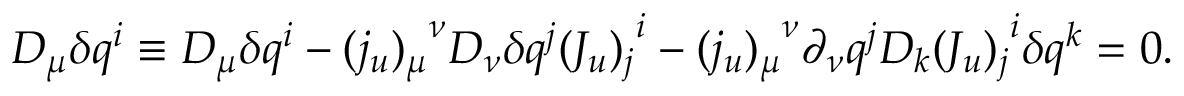
D _ { \mu } \delta q ^ { i } \equiv { \cal D } _ { \mu } \delta q ^ { i } - { ( j _ { u } ) _ { \mu } } ^ { \nu } { \cal D } _ { \nu } \delta q ^ { j } { ( J _ { u } ) _ { j } } ^ { i } - { ( j _ { u } ) _ { \mu } } ^ { \nu } \partial _ { \nu } q ^ { j } { \cal D } _ { k } { ( J _ { u } ) _ { j } } ^ { i } \delta q ^ { k } = 0 .